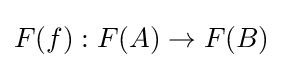
F(f):F(A)\to F(B)